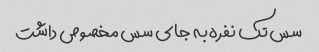
سس تک نفره به جای سس مخصوص داشت